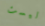
ليست